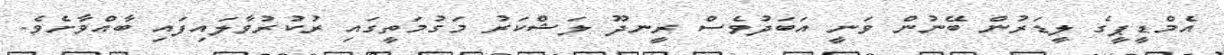
އެމްޑީޕީގެ ލީޑަރުން ބޭނުން ވަނީ އަބަދުވެސް ރީނދޫ ލަޝްކަރު މަގުމަތީގައި ރުކުރުވާލަައިފައި ބާއްވާށެވެ.